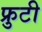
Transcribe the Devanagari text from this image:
फ्रुटी